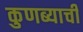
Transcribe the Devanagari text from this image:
कुणब्याची